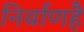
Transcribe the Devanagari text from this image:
निर्वाणहै